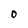
Character: O